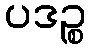
ပဒဉ္စ